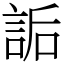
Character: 詬